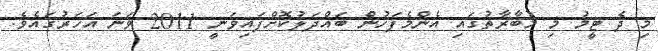
މި ދެ ޓީމު މި މުބާރާތުގައި އެންމެފަހުން ބައްދަލުކޮށްފައިވަނީ 2011 ވަނަ އަހަރުގައެވެ.